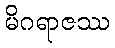
မိဂရာဇဿ